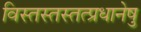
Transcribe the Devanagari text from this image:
विस्तस्तस्तत्प्रधानेषु